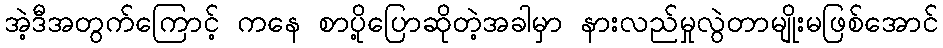
အဲ့ဒီအတွက်ကြောင့် ကနေ စာပို့ပြောဆိုတဲ့အခါမှာ နားလည်မှုလွဲတာမျိုးမဖြစ်အောင်